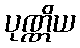
ပုဏ္ဏိယ